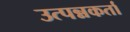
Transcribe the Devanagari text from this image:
उत्पन्नकर्ता